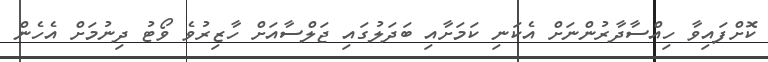
ކޮށްފައިވާ ހިއްސާދާރުންނަށް އެކަނި ކަމަށާއި ބަދަލުގައި ޖަލްސާއަށް ހާޒިރުވެ ވޯޓު ދިނުމަށް އެހެން